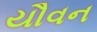
યૌવન